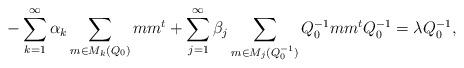
LaTeX: \begin{align*}-\sum_{k=1}^{\infty} \alpha_k \sum_{m\in M_k(Q_0)} m m^t +\sum_{j=1}^{\infty} \beta_j \sum_{m\in M_j(Q_0^{-1})}Q_0^{-1} m m^t Q_0^{-1} = \lambda Q_0^{-1}, \end{align*}